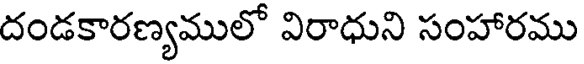
దండకారణ్యములో విరాధుని సంహారము